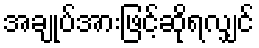
အချုပ်အားဖြင့်ဆိုရလျှင်